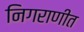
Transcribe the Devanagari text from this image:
निगराणीत